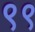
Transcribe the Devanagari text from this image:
९९